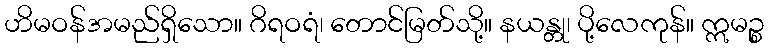
ဟိမဝန်အမည်ရှိသော။ ဂိရဝရံ၊ တောင်မြတ်သို့။ နယန္တု၊ ပို့လေကုန်။ ဣမဉ္စ